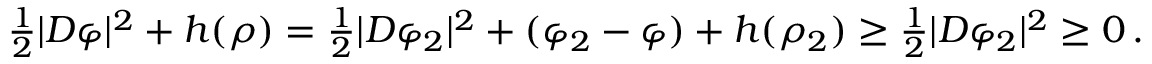
\begin{array} { r } { \frac 1 2 | D \varphi | ^ { 2 } + h ( \rho ) = \frac 1 2 | D \varphi _ { 2 } | ^ { 2 } + ( \varphi _ { 2 } - \varphi ) + h ( \rho _ { 2 } ) \geq \frac 1 2 | D \varphi _ { 2 } | ^ { 2 } \geq 0 \, . } \end{array}